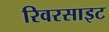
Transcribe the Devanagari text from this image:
रिवरसाइट